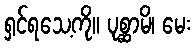
ရှင်ရသေ့ကို။ ပုစ္ဆာမိ၊ မေး